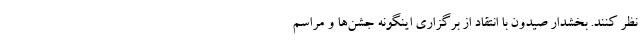
نظر کنند. بخشدار صیدون با انتقاد از برگزاری اینگونه جشن‌ها و مراسم